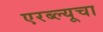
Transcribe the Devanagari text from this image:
एरब्ल्यूचा